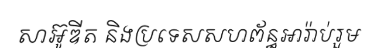
សាអ៊ូឌីត និងប្រទេសសហព័ន្ធអារ៉ាប់រួម